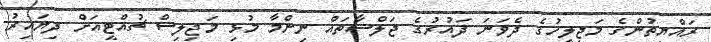
ރައްޔިތުންގެ މަޖިލީހުގެ ދެވަނަ ދައުރުގެ ޖަލްސާތައް ނިންމާ މުޅި މަޖިލިސް ޗުއްޓީއަށް ދިޔައިރު